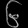
Digit: ၆